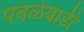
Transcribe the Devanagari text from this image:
पवळेवाडी